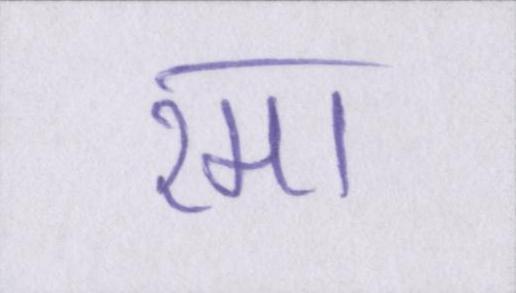
रमा